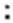
: